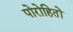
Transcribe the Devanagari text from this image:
पोरोहितों